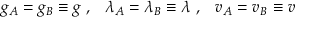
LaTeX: g _ { A } = g _ { B } \equiv g \; , \; \; \; \lambda _ { A } = \lambda _ { B } \equiv \lambda \; , \; \; \; v _ { A } = v _ { B } \equiv v